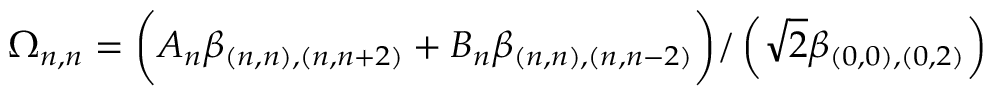
\begin{array} { r } { \Omega _ { n , n } = \bigg ( A _ { n } \beta _ { ( n , n ) , ( n , n + 2 ) } + B _ { n } \beta _ { ( n , n ) , ( n , n - 2 ) } \bigg ) / \left( \sqrt { 2 } \beta _ { ( 0 , 0 ) , ( 0 , 2 ) } \right) } \end{array}